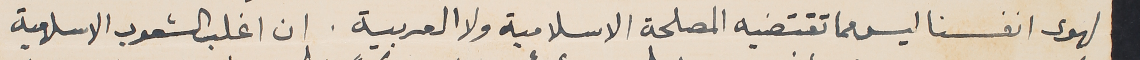
لهوى انفسنا ليس مما تقتضيه المصلحة الاسلامية ولا العربية. ان اغلب الشعوب الاسلامية